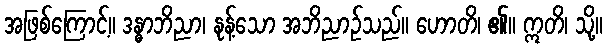
အဖြစ်ကြောင့်။ ဒန္ဓာဘိညာ၊ နုန့်သော အဘိညာဉ်သည်။ ဟောတိ၊ ၏။ ဣတိ၊ သို့။